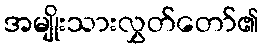
အမျိုးသားလွှတ်တော်၏